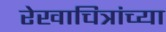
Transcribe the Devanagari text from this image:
रेखाचित्रांच्या